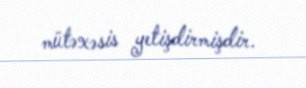
mütəxəsis yetişdirmişdir.